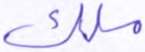
ملك